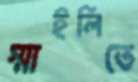
স্মাইলিতে